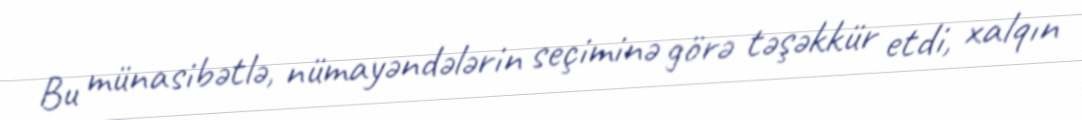
Bu münasibətlə, nümayəndələrin seçiminə görə təşəkkür etdi, xalqın